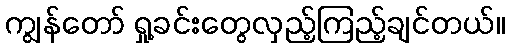
ကျွန်တော် ရှု့ခင်းတွေလှည့်ကြည့်ချင်တယ်။